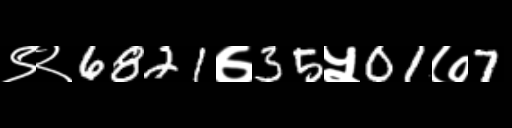
Text: ९२6821७35५01७7